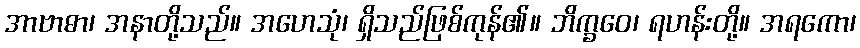
အာဗာဓာ၊ အနာတို့သည်။ အဟေသုံ၊ ရှိသည်ဖြစ်ကုန်၏။ ဘိက္ခဝေ၊ ရဟန်းတို့။ အရကော၊